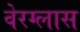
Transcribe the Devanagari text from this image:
वेरग्लास